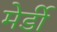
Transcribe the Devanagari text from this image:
मेर्डी